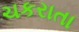
ચકરાતા